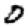
Digit: 0